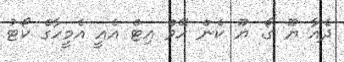
ދެއާ ޔޫ ގޯ. ޔޫ ކެން ހޭވް އިޓް އެއީ އެމީހާގެ ކޯޓު